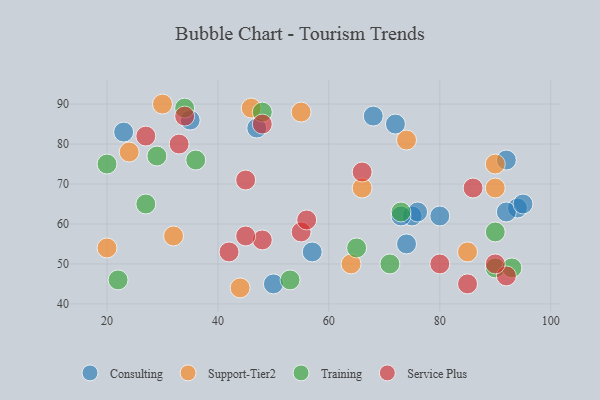
{"axis": {"x": "GDP", "y": "Life Expectancy"}, "legend": ["Consulting", "Service Plus", "Support-Tier2", "Training"], "data": [{"x": "75", "y": 62, "type": "Consulting"}, {"x": "35", "y": 86, "type": "Consulting"}, {"x": "23", "y": 83, "type": "Consulting"}, {"x": "80", "y": 62, "type": "Consulting"}, {"x": "72", "y": 85, "type": "Consulting"}, {"x": "68", "y": 87, "type": "Consulting"}, {"x": "94", "y": 64, "type": "Consulting"}, {"x": "76", "y": 63, "type": "Consulting"}, {"x": "73", "y": 62, "type": "Consulting"}, {"x": "92", "y": 63, "type": "Consulting"}, {"x": "57", "y": 53, "type": "Consulting"}, {"x": "95", "y": 65, "type": "Consulting"}, {"x": "50", "y": 45, "type": "Consulting"}, {"x": "47", "y": 84, "type": "Consulting"}, {"x": "92", "y": 76, "type": "Consulting"}, {"x": "74", "y": 55, "type": "Consulting"}, {"x": "32", "y": 57, "type": "Support-Tier2"}, {"x": "30", "y": 90, "type": "Support-Tier2"}, {"x": "24", "y": 78, "type": "Support-Tier2"}, {"x": "46", "y": 89, "type": "Support-Tier2"}, {"x": "74", "y": 81, "type": "Support-Tier2"}, {"x": "85", "y": 53, "type": "Support-Tier2"}, {"x": "20", "y": 54, "type": "Support-Tier2"}, {"x": "55", "y": 88, "type": "Support-Tier2"}, {"x": "90", "y": 69, "type": "Support-Tier2"}, {"x": "90", "y": 75, "type": "Support-Tier2"}, {"x": "64", "y": 50, "type": "Support-Tier2"}, {"x": "44", "y": 44, "type": "Support-Tier2"}, {"x": "66", "y": 69, "type": "Support-Tier2"}, {"x": "71", "y": 50, "type": "Training"}, {"x": "90", "y": 58, "type": "Training"}, {"x": "27", "y": 65, "type": "Training"}, {"x": "36", "y": 76, "type": "Training"}, {"x": "29", "y": 77, "type": "Training"}, {"x": "22", "y": 46, "type": "Training"}, {"x": "90", "y": 49, "type": "Training"}, {"x": "65", "y": 54, "type": "Training"}, {"x": "48", "y": 88, "type": "Training"}, {"x": "73", "y": 63, "type": "Training"}, {"x": "53", "y": 46, "type": "Training"}, {"x": "93", "y": 49, "type": "Training"}, {"x": "34", "y": 89, "type": "Training"}, {"x": "20", "y": 75, "type": "Training"}, {"x": "48", "y": 85, "type": "Service Plus"}, {"x": "48", "y": 56, "type": "Service Plus"}, {"x": "55", "y": 58, "type": "Service Plus"}, {"x": "45", "y": 71, "type": "Service Plus"}, {"x": "92", "y": 47, "type": "Service Plus"}, {"x": "33", "y": 80, "type": "Service Plus"}, {"x": "27", "y": 82, "type": "Service Plus"}, {"x": "85", "y": 45, "type": "Service Plus"}, {"x": "56", "y": 61, "type": "Service Plus"}, {"x": "86", "y": 69, "type": "Service Plus"}, {"x": "80", "y": 50, "type": "Service Plus"}, {"x": "90", "y": 50, "type": "Service Plus"}, {"x": "42", "y": 53, "type": "Service Plus"}, {"x": "45", "y": 57, "type": "Service Plus"}, {"x": "66", "y": 73, "type": "Service Plus"}, {"x": "34", "y": 87, "type": "Service Plus"}]}